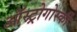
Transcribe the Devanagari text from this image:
ऑस्ट्रोगोर्स्की